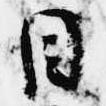
目